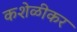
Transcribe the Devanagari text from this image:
कशेळीकर